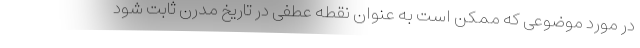
در مورد موضوعی که ممکن است به عنوان نقطه عطفی در تاریخ مدرن ثابت شود